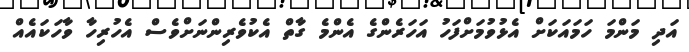
އަދި މަންމަ ހަމައަކަށް އެޅުވުމަށްފަހު އަހަރެންގެ އެންމެ ގާތް އެކުވެރިންނަށްވެސް އެހުރިހާ ވާހަކައެއް